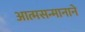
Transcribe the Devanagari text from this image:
आत्मसन्मानाने